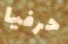
حرفيا